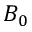
B _ { 0 }